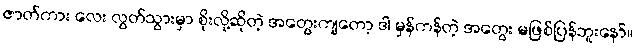
ဇာတ်ကား လေး လွတ်သွားမှာ စိုးလို့ဆိုတဲ့ အတွေးကျတော့ ဒါ မှန်ကန်တဲ့ အတွေး မဖြစ်ပြန်ဘူးနော်။